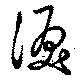
涙